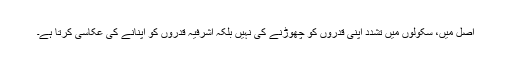
اصل میں، سکولوں میں تشدد اپنی قدروں کو چھوڑنے کی نہیں بلکہ اشرفیہ قدروں کو اپنانے کی عکاسی کرتا ہے۔